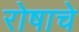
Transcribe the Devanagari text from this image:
रोषाचे